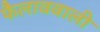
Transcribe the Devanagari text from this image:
फैलाववाली